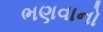
ભણવાનો